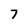
Character: 7